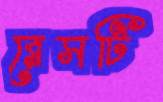
রেসটি